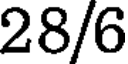
28/6